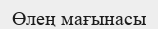
Өлең мағынасы